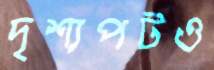
দৃশ্যপটও